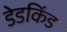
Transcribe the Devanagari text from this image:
डेडकिंड